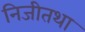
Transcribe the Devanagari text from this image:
निजीतथा